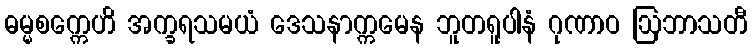
ဓမ္မစက္ကေဟိ အက္ခရသမယံ ဒေသနာက္ကမေန ဘူတရူပါနံ ဂုဏာဝ ဩဘာသတီ